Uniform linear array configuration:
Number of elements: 12
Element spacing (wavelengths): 0.25
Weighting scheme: binomial
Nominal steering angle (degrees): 15
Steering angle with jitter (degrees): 15.565
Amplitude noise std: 0.05
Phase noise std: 0.05

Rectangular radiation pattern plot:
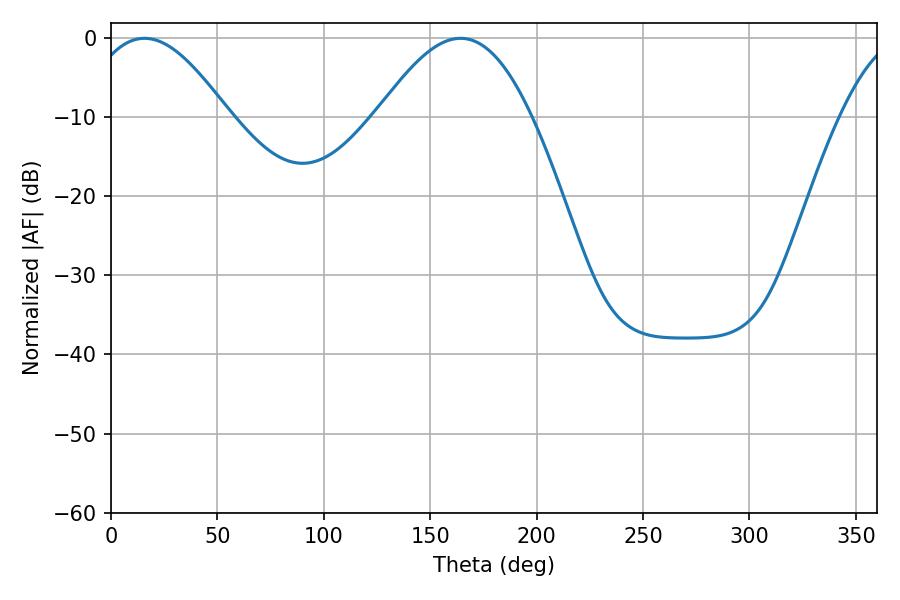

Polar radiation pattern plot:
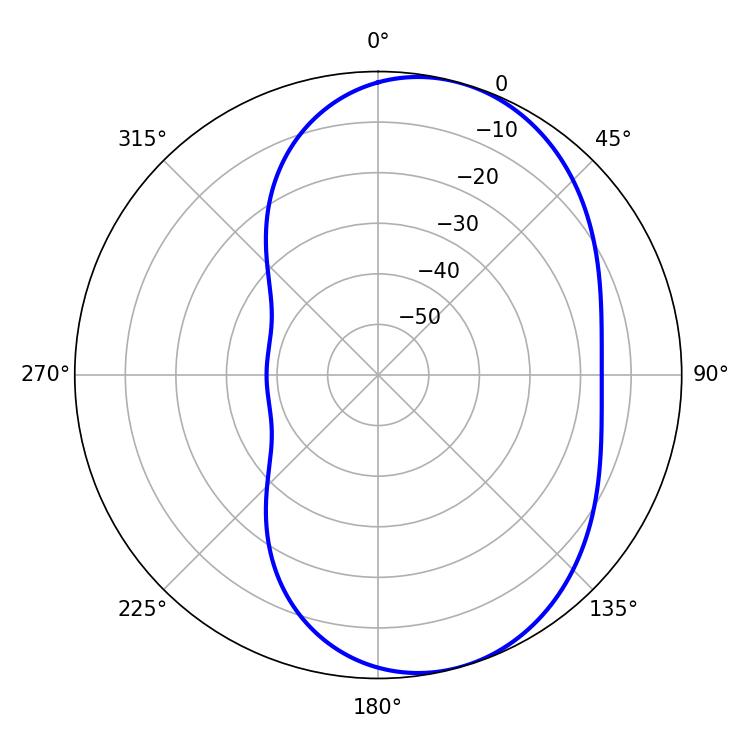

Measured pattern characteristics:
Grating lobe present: FALSE
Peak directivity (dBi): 6.329
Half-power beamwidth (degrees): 36.36
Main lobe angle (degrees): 15.66